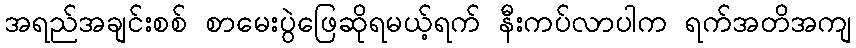
အရည်အချင်းစစ် စာမေးပွဲဖြေဆိုရမယ့်ရက် နီးကပ်လာပါက ရက်အတိအကျ